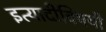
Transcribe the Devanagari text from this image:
इत्यादीविषयी